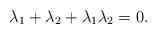
LaTeX: \begin{align*}\lambda_1 + \lambda_2 + \lambda_1 \lambda_2 = 0.\end{align*}